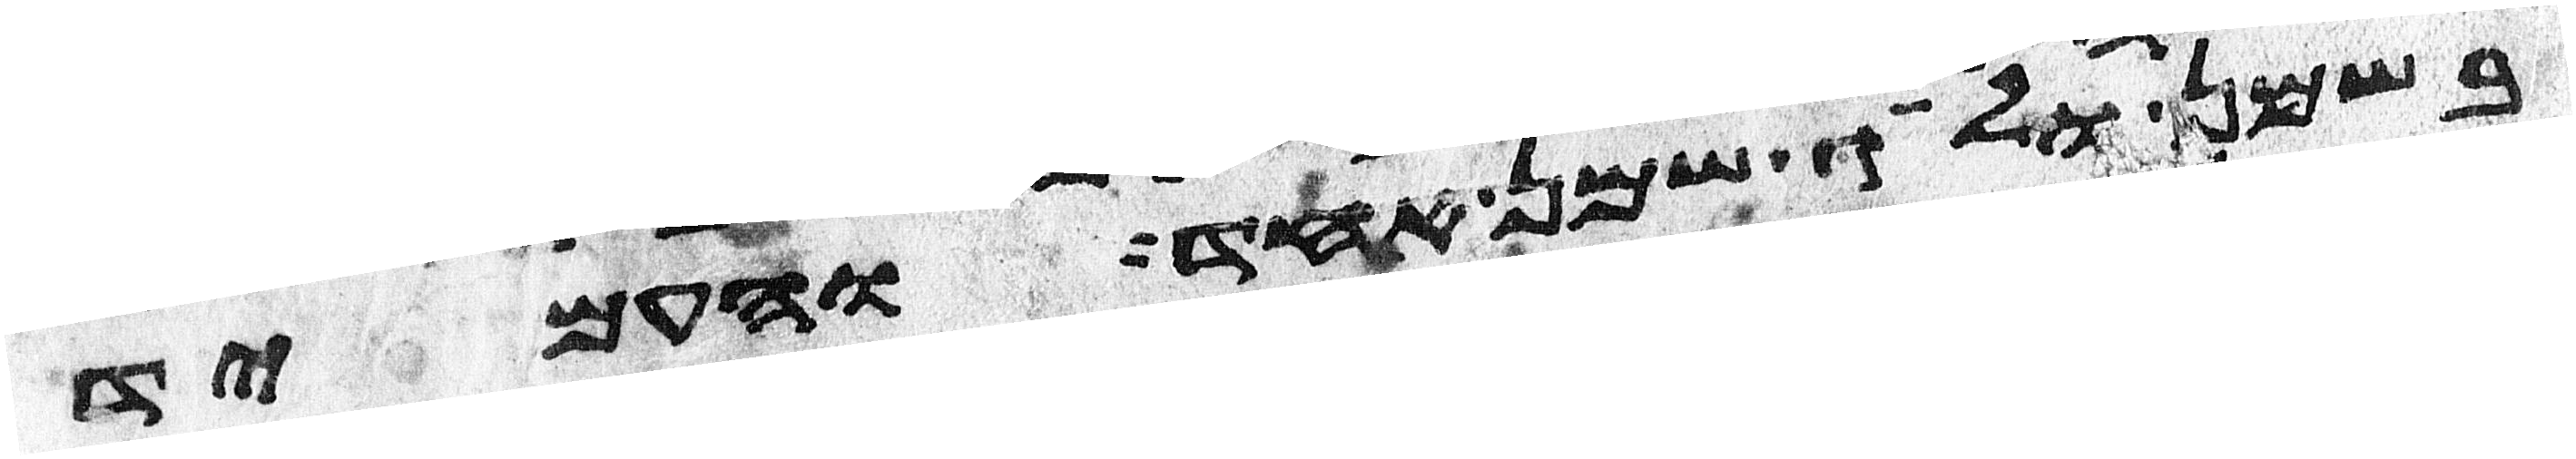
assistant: בשמן ולג שמן אחד והעמיד